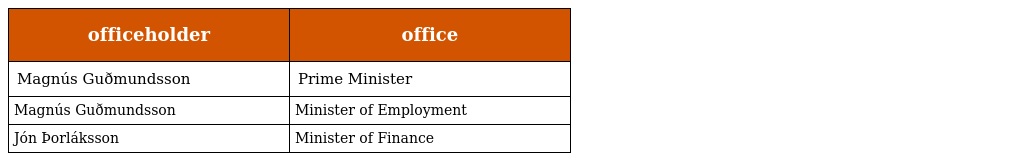
| officeholder | office |
 | --- | --- |
 | Magnús Guðmundsson | Prime Minister |
 | Magnús Guðmundsson | Minister of Employment |
 | Jón Þorláksson | Minister of Finance |